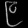
Digit: ၉